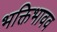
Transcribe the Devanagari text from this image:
भक्तिभावव